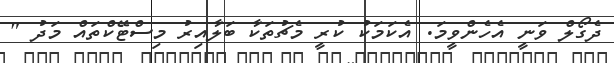
ދެގޯލް ވަނީ އެހެންވީމަ. އެކަމަކު ކުރީ މެޗުތަކާ ބަލާއިރު މިސްޓޭކްތައް މަދު "